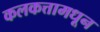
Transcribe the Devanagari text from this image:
कलकत्तामधून